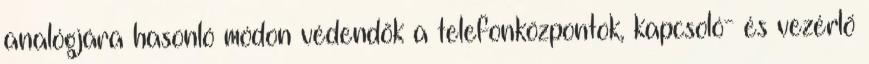
analógjára hasonló módon védendõk a telefonközpontok, kapcsoló- és vezérlõ